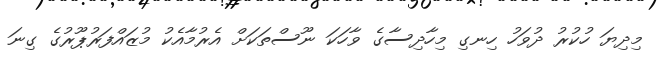
މިދިޔަ ހުކުރު ދުވަހު ހިނގި މިހާދިސާގެ ވާހަކަ ނޫސްތަކަށް އެރުމާއެކު މުޒައްފަރުޕޫރުގެ ގިނަ